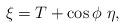
LaTeX: \begin{align*}\xi=T+\cos \phi\, \, \eta,\end{align*}